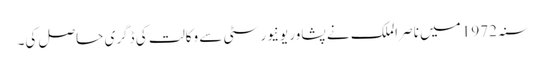
سنہ 1972 میں ناصر الملک نے پشاور یونیورسٹی سے وکالت کی ڈگری حاصل کی۔